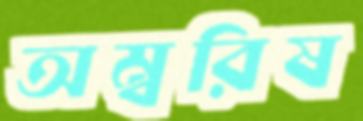
অম্বরিষ